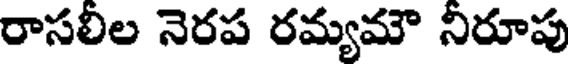
రాసలిల నెరప రమ్యమౌ నిరూపు